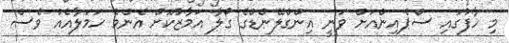
މި ހާފުގައި ސްޕެއިންއަށް ވަނީ އިންގްލޭންޑްގެ ގޯލާ އަމާޒުކޮށް އެންމެ ހަމަލާއެއް ވެސް